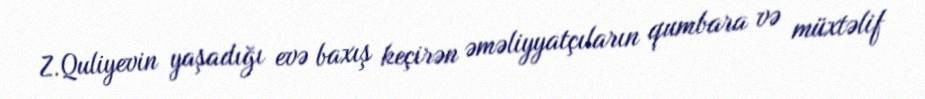
Z.Quliyevin yaşadığı evə baxış keçirən əməliyyatçıların qumbara və müxtəlif